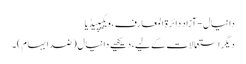
دانیال - آزاد دائرۃ المعارف، ویکیپیڈیا
دیگر استعمالات کے لیے، دیکھیے دانیال (ضد ابہام)۔